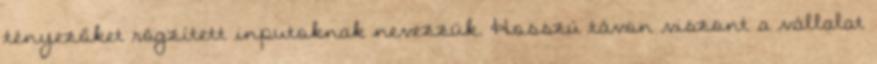
tényezőket rögzített inputoknak nevezzük. Hosszú távon viszont a vállalat